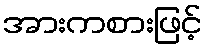
အားကစားဖြင့်